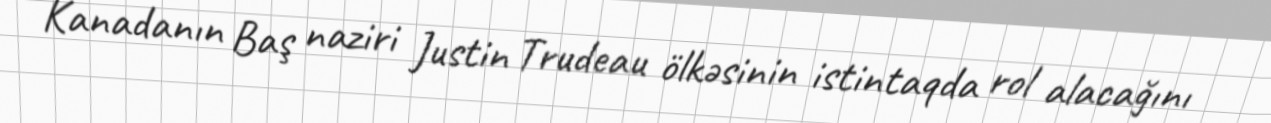
Kanadanın Baş naziri Justin Trudeau ölkəsinin istintaqda rol alacağını